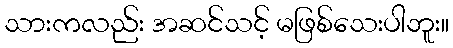
သားကလည်း အဆင်သင့် မဖြစ်သေးပါဘူး။